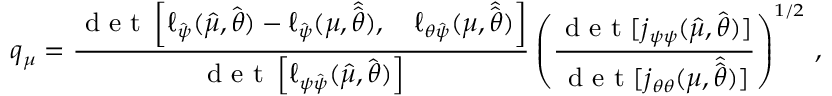
\small q _ { \mu } = \frac { \mathrm { ~ d ~ e ~ t ~ } \left[ \ell _ { \hat { \boldsymbol { \psi } } } ( \hat { \mu } , \hat { \boldsymbol { \theta } } ) - \ell _ { \hat { \boldsymbol { \psi } } } ( \mu , \hat { \hat { \boldsymbol { \theta } } } ) , \quad \ell _ { \boldsymbol { \theta } \hat { \boldsymbol { \psi } } } ( \mu , \hat { \hat { \boldsymbol { \theta } } } ) \right] } { \mathrm { ~ d ~ e ~ t ~ } \left[ \ell _ { \boldsymbol { \psi } \hat { \boldsymbol { \psi } } } ( \hat { \mu } , \hat { \boldsymbol { \theta } } ) \right] } \left( \frac { \mathrm { ~ d ~ e ~ t ~ } [ j _ { \boldsymbol { \psi } \boldsymbol { \psi } } ( \hat { \mu } , \hat { \boldsymbol { \theta } } ) ] } { \mathrm { ~ d ~ e ~ t ~ } [ j _ { \boldsymbol { \theta } \boldsymbol { \theta } } ( \mu , \hat { \hat { \boldsymbol { \theta } } } ) ] } \right) ^ { 1 / 2 } \, ,